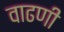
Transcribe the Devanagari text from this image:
वाढणी